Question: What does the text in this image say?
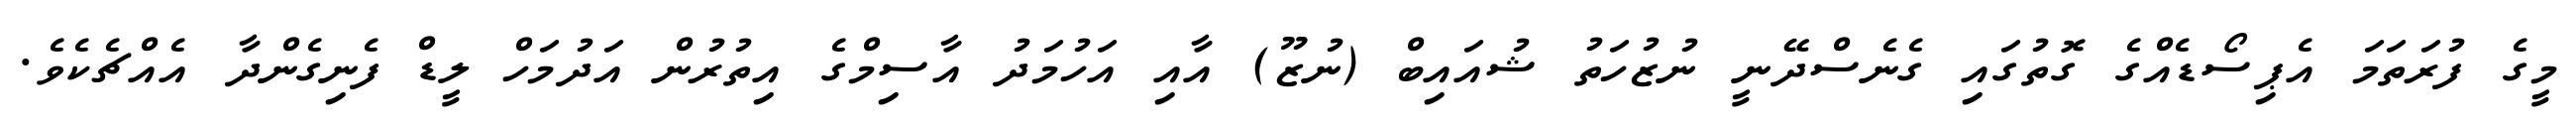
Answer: މީގެ ފުރަތަމަ އެޕިސޯޑެއްގެ ގޮތުގައި ގެނެސްދޭނީ ނުޒުހަތު ޝުއައިބް (ނުޒޫ) އާއި އަހުމަދު އާސިމްގެ އިތުރުން އަދުމަހް ލީޑް ފެނިގެންދާ އެއްޗެކެވެ.